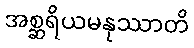
အစ္ဆရိယမနုဿာတိ